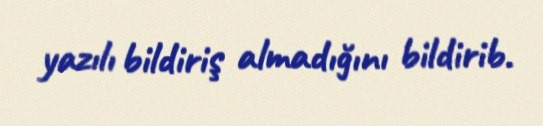
yazılı bildiriş almadığını bildirib.